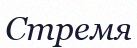
Стремя